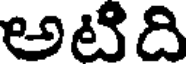
అటిది